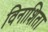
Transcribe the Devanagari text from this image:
विनाशिता